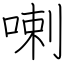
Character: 喇